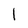
Character: I